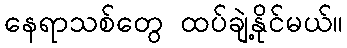
နေရာသစ်တွေ ထပ်ချဲ့နိုင်မယ်။